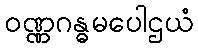
ဝဏ္ဏဂန္ဓမပေါဌယံ